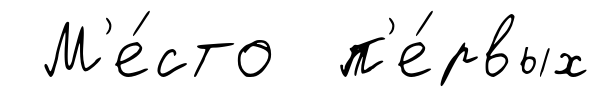
М'е́сто п'е́рвых